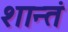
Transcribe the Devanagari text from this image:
शान्तं